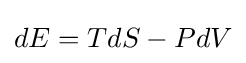
dE=TdS-PdV